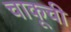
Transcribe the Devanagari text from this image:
चाकूची